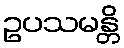
ဥပသမန္တိ